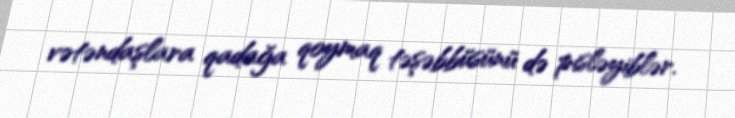
vətəndaşlara qadağa qoymaq təşəbbüsünü də pisləyiblər.